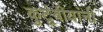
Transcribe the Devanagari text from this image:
कुटूंबीयांनी